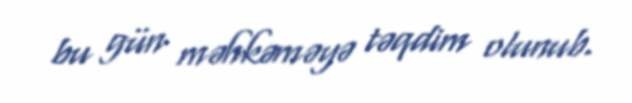
bu gün məhkəməyə təqdim olunub.